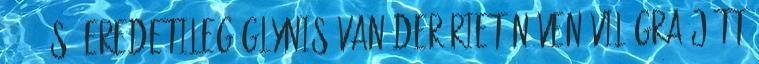
1955-ös, eredetileg Glynis van der Riet néven világra jött